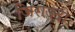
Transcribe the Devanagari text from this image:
जिराउदो